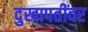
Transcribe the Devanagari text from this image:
दुखापतींवर